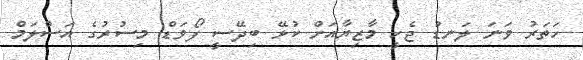
ހަތަރު ވަނަ ލަނޑު ޖެހީ މާޒިޔާއަށް ކުޅޭ ބިދޭސީ ފޯވަޑް މިސުރުގެ އަސްލަމް